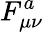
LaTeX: F_{\mu\nu}^{a}